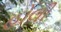
હોલી